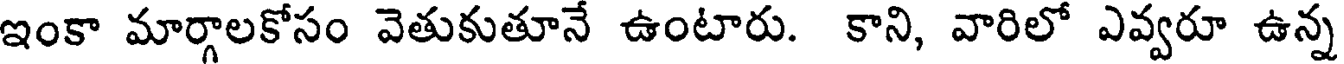
ఇంకా మార్గాలకోసం వెతుకుతూనే ఉంటారు. కాని, వారిలో ఎవ్వరూ ఉన్న